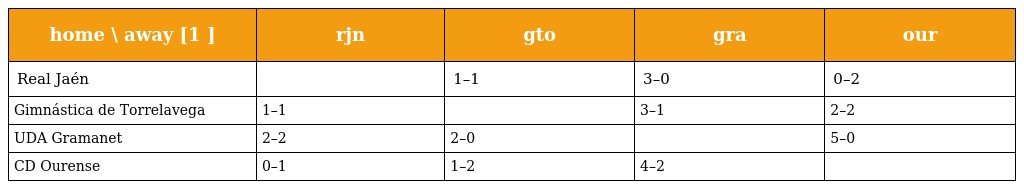
| home \ away [1 ] | rjn | gto | gra | our |
 | --- | --- | --- | --- | --- |
 | Real Jaén |  | 1–1 | 3–0 | 0–2 |
 | Gimnástica de Torrelavega | 1–1 |  | 3–1 | 2–2 |
 | UDA Gramanet | 2–2 | 2–0 |  | 5–0 |
 | CD Ourense | 0–1 | 1–2 | 4–2 |  |